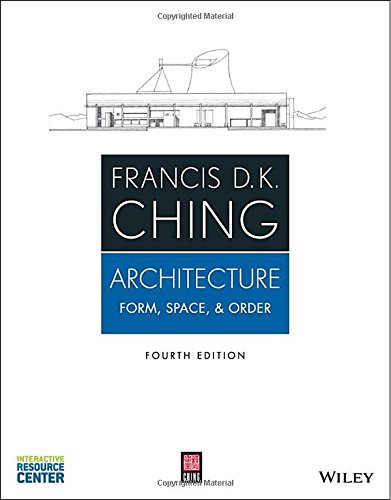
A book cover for Architecture: Form, Space, and Order; Francis D. K. Ching; Arts & Photography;